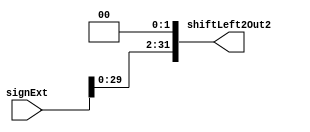
module shiftLeft2(
input wire [31:0] signExt,
output reg [31:0] shiftLeft2Out2
);

always @ (*) begin
    shiftLeft2Out2 = signExt << 2;
end

endmodule